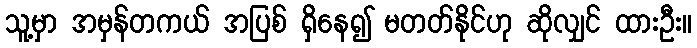
သူ့မှာ အမှန်တကယ် အပြစ် ရှိနေ၍ မတတ်နိုင်ဟု ဆိုလျှင် ထားဦး။